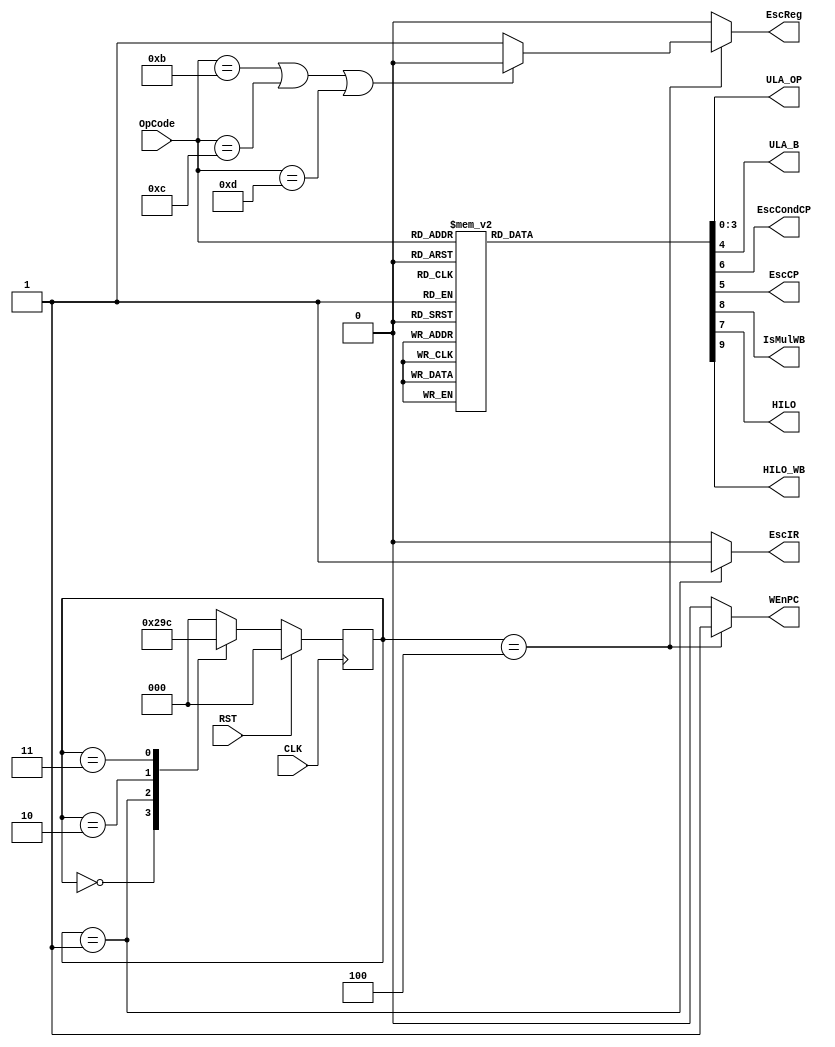
//							Iuri Silva Castro
//			Mestrando em Engenharia Eletrica - PPGEE
//			Universidade Federal de Minas Gerais - UFMG
//									2/2017

/* Controle do microprocessador */
module Control (OpCode, ULA_OP, ULA_B, EscIR, EscCondCP, EscCP, EscReg, WEnPC, IsMulWB, HILO, HILO_WB, CLK, RST );
	
	input CLK, RST;
	
	input [3:0] OpCode;				// OpCode da instruao atual
	output reg [3:0] ULA_OP;		// Codigo de operaao da ULA
	
	output reg ULA_B;					// Sinal do Mux para operando B da ULA: Imediato ou RegB		{0: RegB; 1: Imm}
	
	output reg EscCondCP;			// Sinal de instruao de 'Branch'
	output reg EscCP;					// Sinal de escrita no registrador PC
	output reg EscIR;					// Sinal de leitura da memoria de instruoes						(RD InstrMem)
	output reg EscReg;				// Sinal de escrita no banco de registradores					(WEN RegBank)
	output reg WEnPC;					// Habilita escrita no PC
	output reg IsMulWB;				// Habilita multiplicacao
	output reg HILO;					// Sinal para registro HI ou LO
	output reg HILO_WB;				// Sinal para escrita do HILO
	
	reg [2:0] State;
	
	/* Codigo de Instruoes da maquina */
	parameter InsADD  = 4'b0000;	// ADD	$s4, $s3, $s2
	parameter InsSUB  = 4'b0001;	//	SUB	$s4, $s3, $s2
	parameter InsSLTI = 4'b0010;	//	SLTI	$s4, imm, $s2
	parameter InsAND  = 4'b0011;	//	AND 	$s4, $s3, $s2
	parameter InsOR   = 4'b0100;	//	OR 	$s4, $s3, $s2
	parameter InsXOR  = 4'b0101;	//	XOR 	$s4, $s3, $s2
	parameter InsANDI = 4'b0110;	//	ANDI 	$s4, imm, $s2
	parameter InsORI  = 4'b0111;	//	ORI 	$s4, imm, $s2
	parameter InsXORI = 4'b1000;	//	XORI 	$s4, imm, $s2
	parameter InsADDI = 4'b1001;	//	ADDI 	$s4, imm, $s2
	parameter InsSUBI = 4'b1010;	//	SUBI 	$s4, imm, $s2
	parameter InsJ		= 4'b1011;	// J		imm
	parameter InsBEZ	= 4'b1100;	//	BEZ	, $s3, $s2
	parameter InsMUL	= 4'b1101;	// MUL	$s4, $s3, $s2
	parameter InsGHI	= 4'b1110;	// GHI	$s4, , 
	parameter InsGLO	= 4'b1111;	// GLO	$s4, , 
	
	/* Codigo de operaoes da ALU */
	parameter ULAADD = 4'b0000;	// ADD
	parameter ULASUB = 4'b0001;	//	SUB
	parameter ULASLT = 4'b0010;	//	SLTI
	parameter ULAAND = 4'b0011;	//	AND
	parameter ULAOR =  4'b0100;	//	OR
	parameter ULAXOR = 4'b0101;	//	XOR
	parameter ULABEZ = 4'b0110;	// BEZ
	
	/* Definiao de estados da maquina de estados */
	parameter IF = 3'b000, ID = 3'b001, RF = 3'b010, EX = 3'b011, WB = 3'b100;
	
	/* Maquina de estados, mudana de estados */
	always @(posedge CLK) begin
		if ( RST ) begin
			State <= IF;
		end
		else begin
			case (State)
				IF: State <= ID;		/* Instruction Fetch */
				ID: State <= RF;		/* Instruction Decode */
				RF: State <= EX;		/* Register Fetch */
				EX: State <= WB;		/* Execution */
				WB: State <= IF;		/* WriteBack */
				default: State <= IF;
			endcase
		end
	end
	
	/* Maquina de estados, mudana de saidas */
	always @(State) begin
		case (State)
			IF: begin					/* Instruction Fetch */
				EscIR		<= 1'b0;
				EscReg	<= 1'b0;
				WEnPC		<= 1'b0;
			end
			ID: begin					/* Instruction Decode */
				EscIR		<= 1'b1;
				EscReg	<= 1'b0;
				WEnPC		<= 1'b0;
			end
			RF: begin					/* Register Fetch */
				EscIR		<= 1'b0;
				EscReg	<= 1'b0;
				WEnPC		<= 1'b0;
			end
			EX: begin					/* Execution */
				EscIR		<= 1'b0;
				EscReg	<= 1'b0;
				WEnPC		<= 1'b0;
			end
			WB: begin					/* WriteBack */
				EscIR		<= 1'b0;
				WEnPC		<= 1'b1;
				if (OpCode == InsJ || OpCode == InsBEZ || OpCode == InsMUL) begin
					EscReg	<= 1'b0;			// Instruao de jump, desabilita escrita no banco
				end
				else begin
					EscReg	<= 1'b1;
				end
			end
			default: begin
				EscIR		<= 1'b0;
				EscReg	<= 1'b0;
				WEnPC		<= 1'b0;
			end
		endcase
	end
	
	/* Conversao de OpCode para operaao ULA e sinais para os Mux */
	always @( * ) begin
		case (OpCode)
			InsADD: begin				/* Adiao Reg-Reg */				
				ULA_OP		<= ULAADD;		
				ULA_B			<= 1'b0;			//MuxOpB: RegB
				EscCP			<= 1'b0;
				EscCondCP	<= 1'b0;
				HILO			<= 1'b0;
				IsMulWB 		<= 1'b0;
				HILO_WB		<= 1'b0;
			end
			InsSUB: begin				/* Subtraao Reg-Reg */
				ULA_OP		<= ULASUB;
				ULA_B			<= 1'b0;			//MuxOpB: RegB
				EscCP			<= 1'b0;
				EscCondCP	<= 1'b0;
				HILO			<= 1'b0;
				IsMulWB 		<= 1'b0;
				HILO_WB		<= 1'b0;
			end
			InsSLTI: begin				/* Comparaao Reg-Imm */
				ULA_OP		<= ULASLT;
				ULA_B			<= 1'b1;			//MuxOpB: Imm
				EscCP			<= 1'b0;
				EscCondCP	<= 1'b0;
				HILO			<= 1'b0;
				IsMulWB 		<= 1'b0;
				HILO_WB		<= 1'b0;
			end
			InsAND: begin				/* AND Reg-Reg */
				ULA_OP		<= ULAAND;
				ULA_B			<= 1'b0;			//MuxOpB: RegB
				EscCP			<= 1'b0;			
				EscCondCP	<= 1'b0;
				HILO			<= 1'b0;
				IsMulWB 		<= 1'b0;
				HILO_WB		<= 1'b0;
			end
			InsOR: begin				/* OR Reg-Reg */
				ULA_OP		<= ULAOR;
				ULA_B			<= 1'b0;			//MuxOpB: RegB
				EscCP			<= 1'b0;
				EscCondCP	<= 1'b0;
				HILO			<= 1'b0;
				IsMulWB 		<= 1'b0;
				HILO_WB		<= 1'b0;
			end
			InsXOR: begin				/* XOR Reg-Reg */
				ULA_OP		<= ULAXOR;
				ULA_B 		<= 1'b0;			//MuxOpB: RegB
				EscCP			<= 1'b0;
				EscCondCP 	<= 1'b0;
				HILO			<= 1'b0;
				IsMulWB 		<= 1'b0;
				HILO_WB		<= 1'b0;
			end
			InsANDI: begin				/* AND Reg-Imm */
				ULA_OP 		<= ULAAND;
				ULA_B 		<= 1'b1;			//MuxOpB: Imm
				EscCP			<= 1'b0;
				EscCondCP 	<= 1'b0;
				HILO			<= 1'b0;
				IsMulWB 		<= 1'b0;
				HILO_WB		<= 1'b0;
			end
			InsORI: begin				/* OR Reg-Imm */
				ULA_OP 		<= ULAOR;
				ULA_B 		<= 1'b1;			//MuxOpB: Imm
				EscCP			<= 1'b0;			
				EscCondCP 	<= 1'b0;
				HILO			<= 1'b0;
				IsMulWB 		<= 1'b0;
				HILO_WB		<= 1'b0;
			end
			InsXORI: begin				/* XOR Reg-Imm */
				ULA_OP 		<= ULAXOR;
				ULA_B 		<= 1'b1;			//MuxOpB: Imm
				EscCP			<= 1'b0;				
				EscCondCP 	<= 1'b0;
				HILO			<= 1'b0;
				IsMulWB 		<= 1'b0;
				HILO_WB		<= 1'b0;
			end
			InsADDI: begin				/* Adiao Reg-Imm */
				ULA_OP 		<= ULAADD;
				ULA_B 		<= 1'b1;			//MuxOpB: Imm
				EscCP			<= 1'b0;				
				EscCondCP 	<= 1'b0;
				HILO			<= 1'b0;
				IsMulWB 		<= 1'b0;
				HILO_WB		<= 1'b0;
			end
			InsSUBI: begin				/* Subtraao Reg-Imm */
				ULA_OP 		<= ULASUB;
				ULA_B 		<= 1'b1;			//MuxOpB: Imm
				EscCP			<= 1'b0;
				EscCondCP 	<= 1'b0;
				HILO			<= 1'b0;
				IsMulWB 		<= 1'b0;
				HILO_WB		<= 1'b0;
			end
			InsJ: begin					/* Jump */
				ULA_OP		<= 4'bxxxx;		//Don't care
				ULA_B 		<= 1'b0;			//MuxOpB: RegB (dont care)
				EscCP 		<= 1'b1;			//Jump Signal
				EscCondCP 	<= 1'b0;
				HILO			<= 1'b0;
				IsMulWB 		<= 1'b0;
				HILO_WB		<= 1'b0;
			end
			InsBEZ: begin				/* Branch if Equals Zero */
				ULA_OP		<= ULABEZ;
				ULA_B			<= 1'b0;			//MuxOpB: RegB
				EscCP 		<= 1'b0;			//Jump Signal
				EscCondCP 	<= 1'b1;			//Condicional Branch Signal
				HILO			<= 1'b0;
				IsMulWB 		<= 1'b0;
				HILO_WB		<= 1'b0;
			end
			InsMUL: begin				/* Multiplicacao Reg-Reg */
				ULA_OP		<= 4'bxxxx;		//ULA nao opera
				ULA_B			<= 1'b0;			//MuxOpB: RegB
				EscCP			<= 1'b0;
				EscCondCP	<= 1'b0;
				HILO			<= 1'b0;
				IsMulWB 		<= 1'b1;
				HILO_WB		<= 1'b0;
			end
			InsGHI: begin				/* Armazena registro HI */
				ULA_OP		<= 4'bxxxx;		//ULA nao opera
				ULA_B			<= 1'b0;			//MuxOpB: RegB
				EscCP			<= 1'b0;
				EscCondCP	<= 1'b0;
				HILO			<= 1'b1;
				IsMulWB 		<= 1'b0;
				HILO_WB		<= 1'b1;
			end
			InsGLO: begin				/* Armazena registro LO */
				ULA_OP		<= 4'bxxxx;		//ULA nao opera
				ULA_B			<= 1'b0;			//MuxOpB: RegB
				EscCP			<= 1'b0;
				EscCondCP	<= 1'b0;
				HILO			<= 1'b0;
				IsMulWB 		<= 1'b0;
				HILO_WB		<= 1'b1;
			end
			default: begin				/* Operando Invalido */
				ULA_OP		<= 4'bxxxx;		//Dont care
				ULA_B			<= 1'b0;
				EscCondCP	<= 1'b0;
				EscCP			<= 1'b0;
				HILO			<= 1'b0;
				IsMulWB 		<= 1'b0;
				HILO_WB		<= 1'b0;
			end
		endcase
	end
endmodule